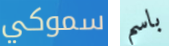
سموكي باسم